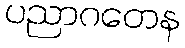
ပညာဂတေန